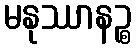
မနုဿာနဉ္စ